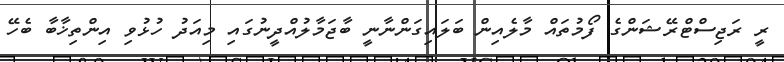
ރީ ރަޖިސްޓްރޭޝަންގެ ފޯމުތައް މާލެއިން ބަލައިގަންނާނީ ބާޖަމާލުއްދީނުގައި މިއަދު ހުޅުވި އިންތިޚާބާ ބެހޭ